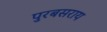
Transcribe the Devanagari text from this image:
पुरबसराय